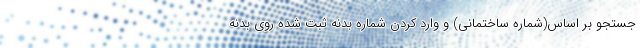
جستجو بر اساس(شماره ساختمانی) و وارد کردن شماره بدنه ثبت شده روی بدنه